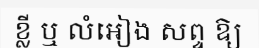
ខ្លី ឬ លំអៀង សព្ទ ឱ្យ